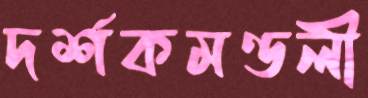
দর্শকমণ্ডলী